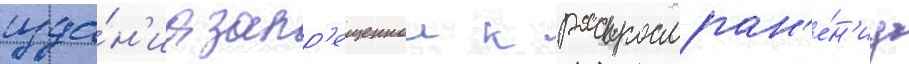
изда́н'иа запр'ещеннои к распростран'е́н'иу